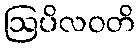
ဩပိလဝတိ